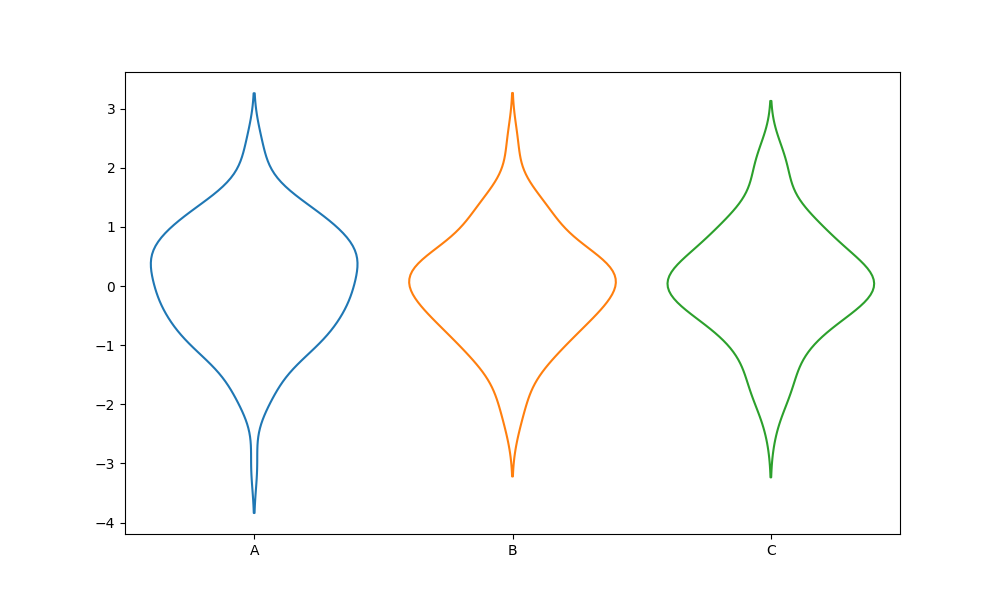
python, seaborn, violinplot, scale='width', split='False', inner='None', fill='False'